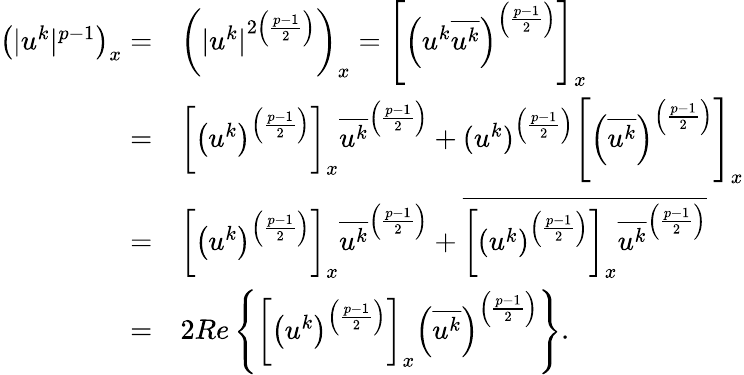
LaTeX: \begin{array}{rl}{\left(|u^{k}|^{p-1}\right)_{x}=}&{\left(|u^{k}|^{2\left(\frac{p-1}{2}\right)}\right)_{x}=\left[\left(u^{k}\overline{{u^{k}}}\right)^{\left(\frac{p-1}{2}\right)}\right]_{x}}\\ {=}&{\left[\left(u^{k}\right)^{\left(\frac{p-1}{2}\right)}\right]_{x}\overline{{u^{k}}}^{\left(\frac{p-1}{2}\right)}+(u^{k})^{\left(\frac{p-1}{2}\right)}\left[\left(\overline{{u^{k}}}\right)^{\left(\frac{p-1}{2}\right)}\right]_{x}}\\ {=}&{\left[\left(u^{k}\right)^{\left(\frac{p-1}{2}\right)}\right]_{x}\overline{{u^{k}}}^{\left(\frac{p-1}{2}\right)}+\overline{{\left[\left(u^{k}\right)^{\left(\frac{p-1}{2}\right)}\right]_{x}\overline{{u^{k}}}^{\left(\frac{p-1}{2}\right)}}}}\\ {=}&{2Re\left\{ \left[\left(u^{k}\right)^{\left(\frac{p-1}{2}\right)}\right]_{x}\left(\overline{{u^{k}}}\right)^{\left(\frac{p-1}{2}\right)}\right\} .}\end{array}